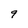
Character: 9